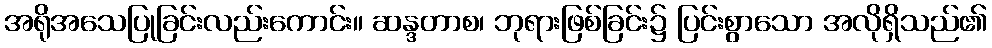
အရိုအသေပြုခြင်းလည်းကောင်း။ ဆန္ဒတာစ၊ ဘုရားဖြစ်ခြင်း၌ ပြင်းစွာသော အလိုရှိသည်၏